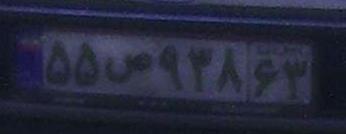
۵۵ص۹۳۸۶۳